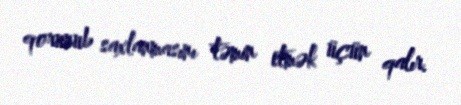
qorunub saxlanmasını təmin etmək üçün qalır.